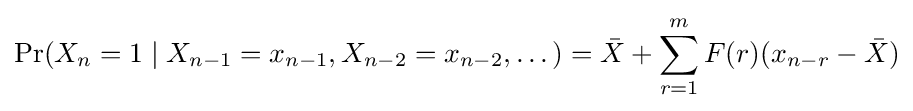
\Pr(X_{n}=1\mid X_{n-1}=x_{n-1},X_{n-2}=x_{n-2},\dots )={\bar {X}}+\sum _{r=1}^{m}F(r)(x_{n-r}-{\bar {X}})